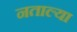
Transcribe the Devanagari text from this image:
नताल्या